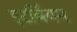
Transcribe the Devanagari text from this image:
इटर्बियम